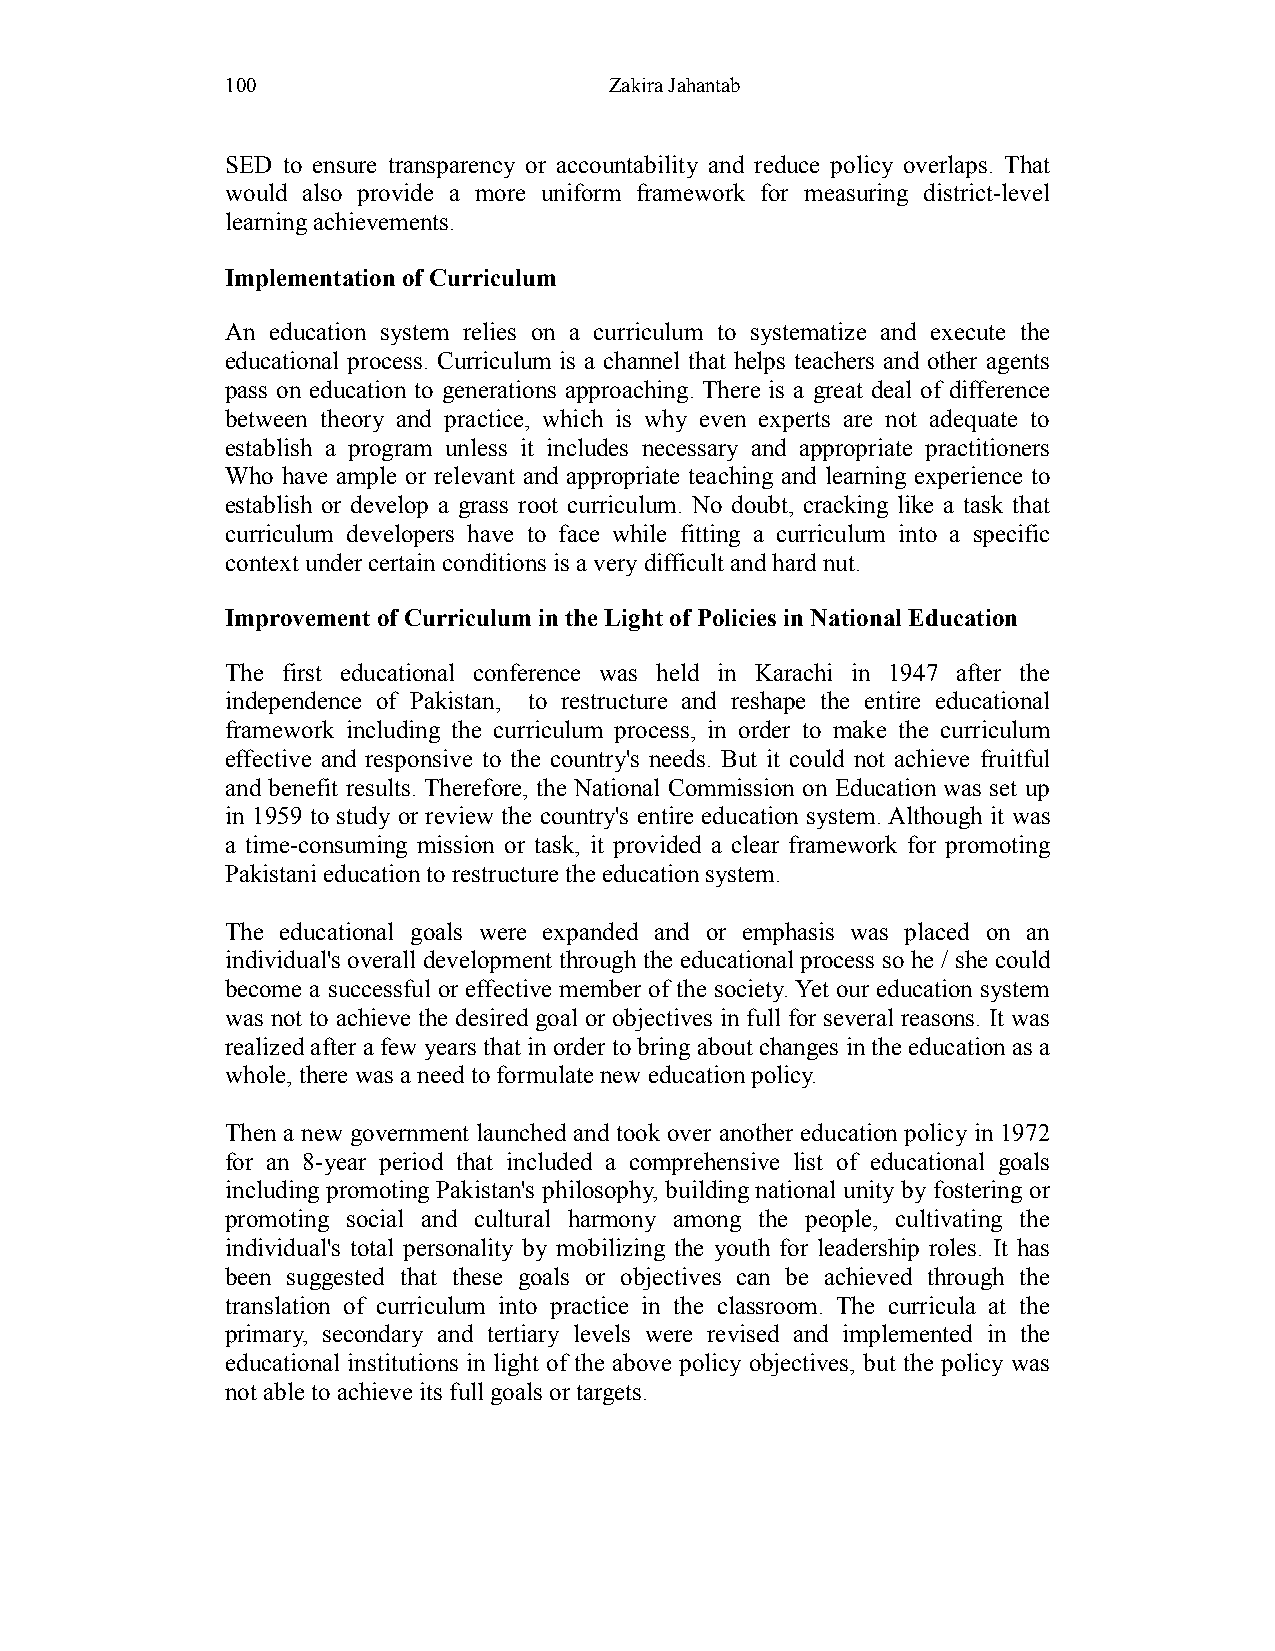
100                      Zakira Jahantab
 SED to ensure transparency or accountability and reduce policy overlaps. That
 would also provide a more uniform framework for measuring district-level
 learning achievements.
 Implementation of Curriculum
 An education system relies on a curriculum to systematize and execute the
 educational process. Curriculum is a channel that helps teachers and other agents
 pass on education to generations approaching. There is a great deal of difference
 between theory and practice, which is why even experts are not adequate to
 establish a program unless it includes necessary and appropriate practitioners
 Who have ample or relevant and appropriate teaching and learning experience to
 establish or develop a grass root curriculum. No doubt, cracking like a task that
 curriculum developers have to face while fitting a curriculum into a specific
 context under certain conditions is a very difficult and hard nut.
 Improvement of Curriculum in the Light of Policies in National Education
 The first educational conference was held in Karachi in 1947 after the
 independence of Pakistan, to restructure and reshape the entire educational
 framework including the curriculum process, in order to make the curriculum
 effective and responsive to the country's needs. But it could not achieve fruitful
 and benefit results. Therefore, the National Commission on Education was set up
 in 1959 to study or review the country's entire education system. Although it was
 a time-consuming mission or task, it provided a clear framework for promoting
 Pakistani education to restructure the education system.
 The educational goals were expanded and or emphasis was placed on an
 individual's overall development through the educational process so he / she could
 become a successful or effective member of the society. Yet our education system
 was not to achieve the desired goal or objectives in full for several reasons. It was
 realized after a few years that in order to bring about changes in the education as a
 whole, there was a need to formulate new education policy.
 Then a new government launched and took over another education policy in 1972
 for an 8-year period that included a comprehensive list of educational goals
 including promoting Pakistan's philosophy, building national unity by fostering or
 promoting social and cultural harmony among the people, cultivating the
 individual's total personality by mobilizing the youth for leadership roles. It has
 been suggested that these goals or objectives can be achieved through the
 translation of curriculum into practice in the classroom. The curricula at the
 primary, secondary and tertiary levels were revised and implemented in the
 educational institutions in light of the above policy objectives, but the policy was
 not able to achieve its full goals or targets.